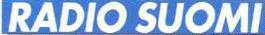
RADIO SUOMI